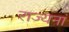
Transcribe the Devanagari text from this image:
राज्यनां